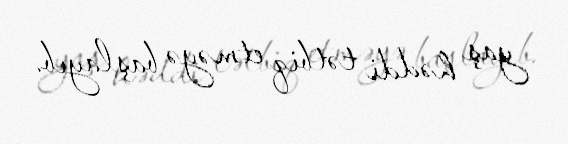
yaş həddi tətbiq etməyə başlayıb.